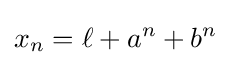
x_{n}=\ell +a^{n}+b^{n}